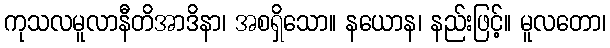
ကုသလမူလာနီတိအာဒိနာ၊ အစရှိသော။ နယောန၊ နည်းဖြင့်။ မူလတော၊